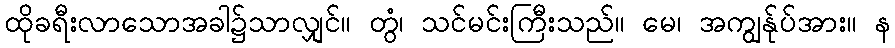
ထိုခရီးလာသောအခါ၌သာလျှင်။ တွံ၊ သင်မင်းကြီးသည်။ မေ၊ အကျွန်ုပ်အား။ န